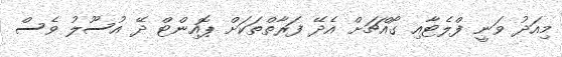
މިއަދު ވަނީ ފްލެޓާއި ގޯއްޗަށް އެދޭ ފަރާތްތަކަށް ޕޮއިންޓް ދޭ އުސޫލު ވެސް